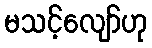
မသင့်လျော်ဟု